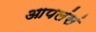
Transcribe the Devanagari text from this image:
आपलंसं